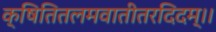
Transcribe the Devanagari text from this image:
क्षितितलमवातीतरदिदम्।।